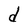
Character: d